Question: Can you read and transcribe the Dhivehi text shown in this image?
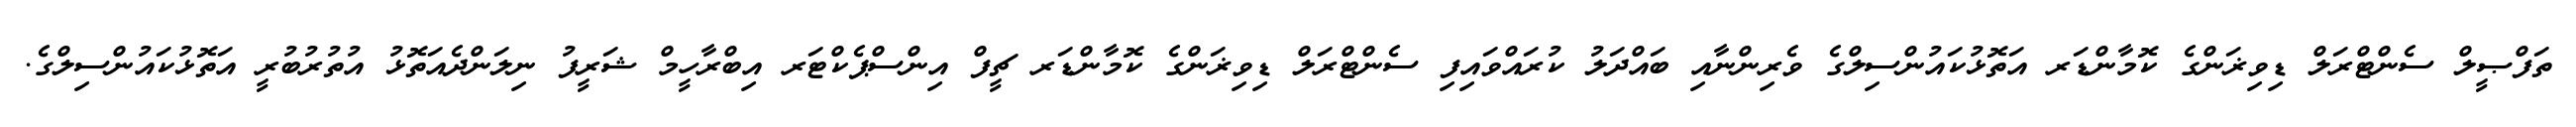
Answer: ތަފްޞީލް ސެންޓްރަލް ޑިވިޜަންގެ ކޮމާންޑަރ އަތޮޅުކައުންސިލްގެ ވެރިންނާއި ބައްދަލު ކުރައްވައިފި ސެންޓްރަލް ޑިވިޜަންގެ ކޮމާންޑަރ ޗީފް އިންސްޕެކްޓަރ އިބްރާހީމް ޝަރީފު ނިލަންދެއަތޮޅު އުތުރުބުރީ އަތޮޅުކައުންސިލްގެ.